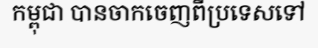
កម្ពុជា បានចាកចេញពីប្រទេសទៅ